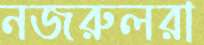
নজরুলরা